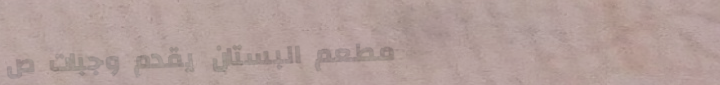
مطعم البستان يقدم وجبات ص